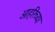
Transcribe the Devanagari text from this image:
ओहरिंच्या